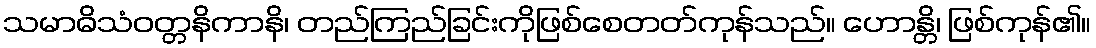
သမာဓိသံဝတ္တနိကာနိ၊ တည်ကြည်ခြင်းကိုဖြစ်စေတတ်ကုန်သည်။ ဟောန္တိ၊ ဖြစ်ကုန်၏။